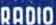
RADIO